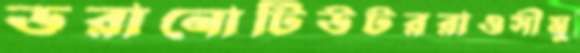
ডরানোটিউটররাওসীমু